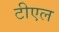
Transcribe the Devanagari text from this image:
टीएल